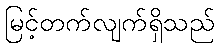
မြင့်တက်လျက်ရှိသည်